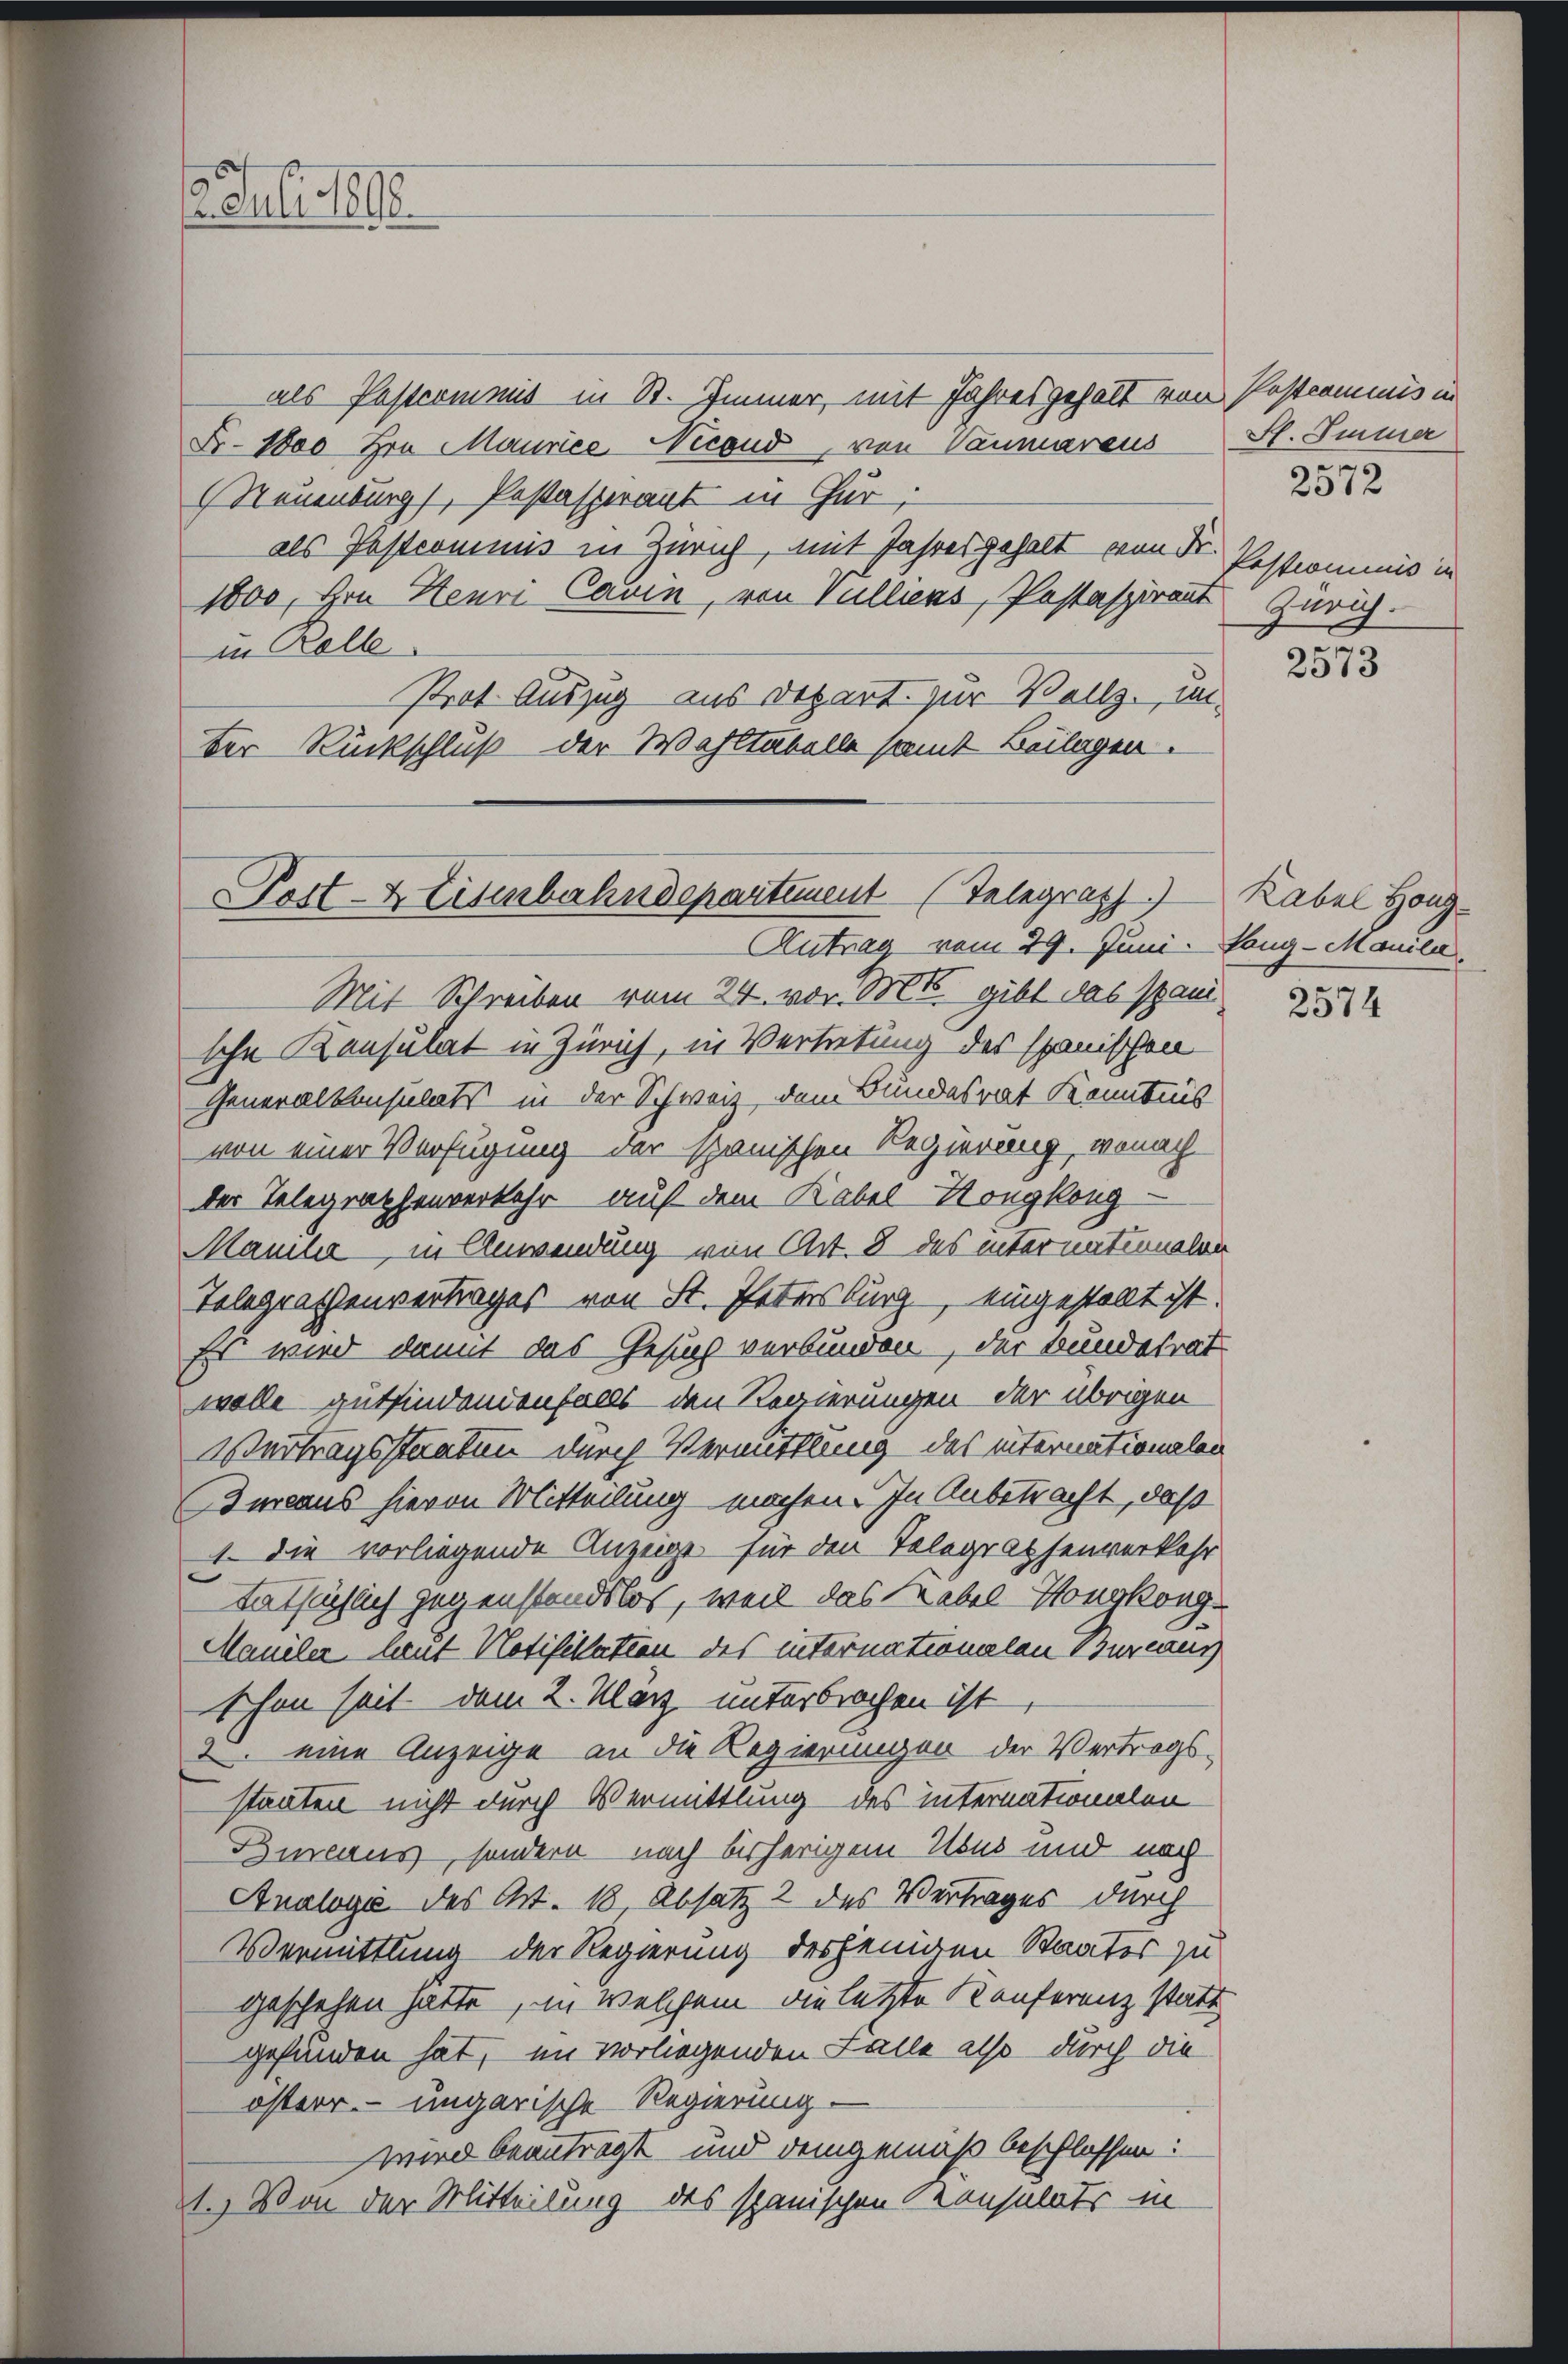
12. Juli 1818.

als Pastcommis in St. Immer, mit Jahresgehalt von Postcommis in
Fr. 1800 Hrn Maurice Nicoud, von Taumareus St. Immer
(Neuenburg), Pestasperant in Für
als Pastcominis in Zürich, mit Jahresgehalt von Fr. Pastrommnis in
1800, Hrn. Heure Cavin, von Vulliens, Pestaspirant Zürich.
in Rolle
Prot. Auszug aus Depart zur Vollz., miter Rückschluß der Wahltabelle samt Beilagen.

Post- & Eisenbahndepartement (Telegraph
Antrag vom 29. Juni. Lang-Manila

Mit Schreiben vom 24. vor. Mts. gibt das Pani
sche Konsulat in Zürich, in Vertretung des Spanischen
Generalkonsulats in der Schweiz, dem Bundesrat Kenntnis
von einer Verfügung der spanischen Regierung, wonach
der Telegraphenverkehr auf dem Kabel-Hongkong-
Mamilie in Anwendung von Art. 8 des internationalen
Telegrathenvertrages von St. Petersburg, eingestellt ist.
Es wird damit das Gesuch verbunden, der Bundesrat
wolle gutfindendenfalls den Regierungen der übrigen
Vertragsstaaten durch Vermittlung des internationalen
Bureaus hievon Mitteilung machen. In Anbetracht, daß
1. Die vorliegende Anzeige für den Telegraphenverkehr
tatsächlich gegenstandslos, weil das Habel Honskong-
Maniler heut Notifikation des internationalen Bureaus
schon seit dem 2. Klarz unterbrochen ist,
2. eine Anzeige an die Regierungen der Vertrags-
staaten nicht durch Vermittlung des internationalen
Binaus, sondern nach bisherigem Abus und noch
Analogie des Art. 18 Absatz 2 des Vertrages durch
Vermittlung der Regierung desjenigen Staates zu
geschehen hatte, in welchem die letzte Konferenz statt
gefunden hat, im vorliegenden Falle also durch die
österr. ungarische Regierung
wird beantragt und demgemäß beschlossen:
1.) Von der Mitteilung des spanischen Konsulats in

2572

2573

Kabel Honz¬

2574